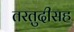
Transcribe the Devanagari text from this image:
तरतुदीसह